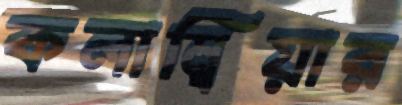
কলাম্বিয়ার